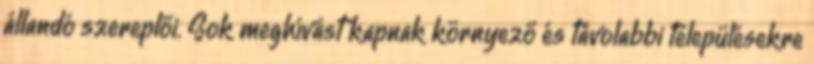
állandó szereplői. Sok meghívást kapnak környező és távolabbi településekre